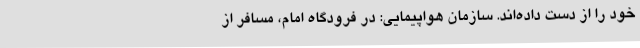
خود را از دست داده‌اند. سازمان هواپیمایی: در فرودگاه امام، مسافر از